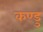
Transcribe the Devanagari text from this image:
कण्डु